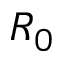
R _ { 0 }